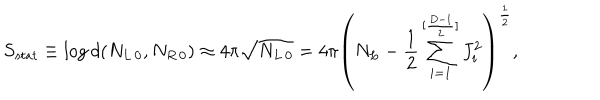
S _ { s t a t } \equiv \log d ( N _ { L \, 0 } , N _ { R \, 0 } ) \approx 4 \pi \sqrt { N _ { L \, 0 } } = 4 \pi \left( N _ { L } - { \frac { 1 } { 2 } } \sum _ { i = 1 } ^ { [ { \frac { D - 1 } { 2 } } ] } J _ { i } ^ { 2 } \right) ^ { \frac { 1 } { 2 } } ,